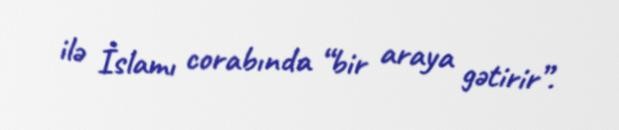
ilə İslamı corabında “bir araya gətirir”.